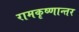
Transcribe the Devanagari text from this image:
रामकृष्णान्तर